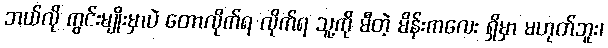
ဘယ်လို ကွင်းမျိုးမှာပဲ တောလိုက်ရ လိုက်ရ သူ့ကို မီတဲ့ မိန်းကလေး ရှိမှာ မဟုတ်ဘူး၊